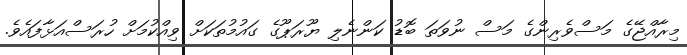
މިރާއްޖޭގެ މަސްވެރިންގެ މަސް ނުވަތަ ބޮޑު ކަންނެލި ޔޫރަޕޫގެ ގައުމުތަކަށް ވިއްކުމަށް ހުރަސްއަޅާފައެވެ.